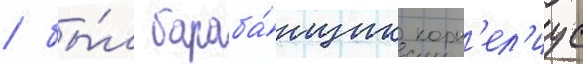
/ бы́л бараба́нщик корн'ел'иус